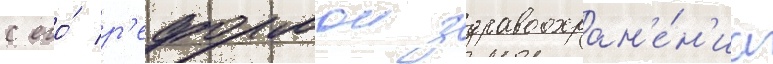
с его́ р'еформои здравоохран'е́н'иа